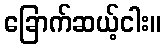
ခြောက်ဆယ့်ငါး။